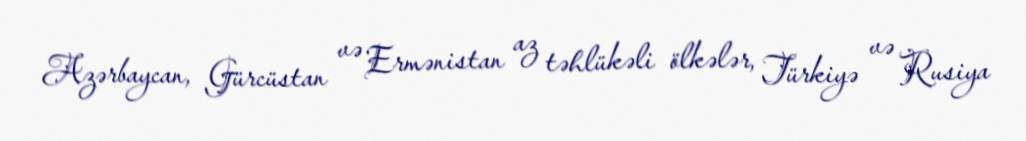
Azərbaycan, Gürcüstan və Ermənistan az təhlükəli ölkələr, Türkiyə və Rusiya